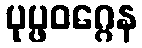
ပုပ္ဖဝဂ္ဂေန